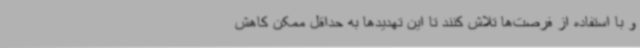
و با استفاده از فرصت‌ها تلاش کنند تا این تهدیدها به حداقل ممکن کاهش